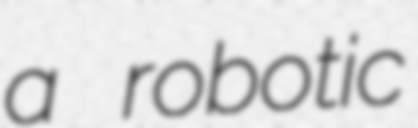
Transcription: a robotic